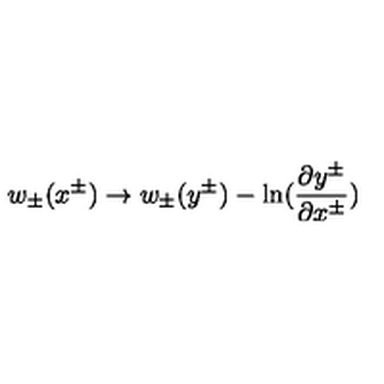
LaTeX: w _ { \pm } ( x ^ { \pm } ) \rightarrow w _ { \pm } ( y ^ { \pm } ) - \ln ( { \frac { \partial y ^ { \pm } } { \partial x ^ { \pm } } } )